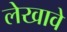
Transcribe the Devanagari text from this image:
लेखावे